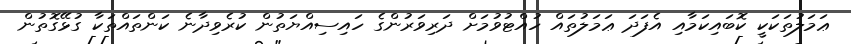
ޢަމަލުތަކަކީ ކޮބައިކަމާއި އެފަދަ ޢަމަލުތައް ހުއްޓުވުމަށް ދަރިވަރުންގެ ހައިސިއްޔަތުން ކުރެވިދާނެ ކަންތައްތަކާ ގުޅޭގޮތުން